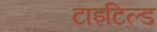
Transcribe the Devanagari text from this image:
टाइटिल्ड